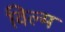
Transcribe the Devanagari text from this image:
विल्म